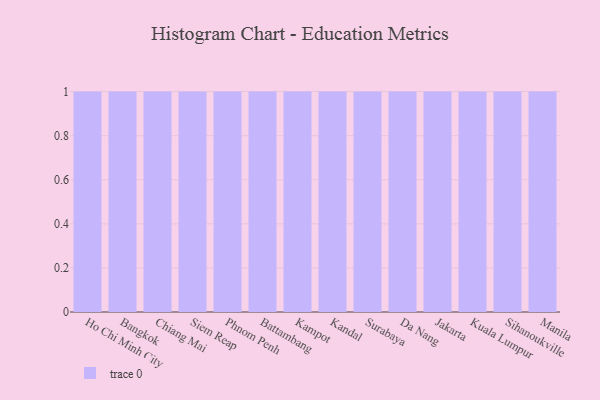
{"axis": {"x": "City", "y": "Production Output"}, "legend": [""], "data": [{"x": "Ho Chi Minh City", "y": 65, "type": ""}, {"x": "Bangkok", "y": 36, "type": ""}, {"x": "Chiang Mai", "y": 64, "type": ""}, {"x": "Siem Reap", "y": 71, "type": ""}, {"x": "Phnom Penh", "y": 20, "type": ""}, {"x": "Battambang", "y": 1, "type": ""}, {"x": "Kampot", "y": 22, "type": ""}, {"x": "Kandal", "y": 28, "type": ""}, {"x": "Surabaya", "y": 92, "type": ""}, {"x": "Da Nang", "y": 87, "type": ""}, {"x": "Jakarta", "y": 96, "type": ""}, {"x": "Kuala Lumpur", "y": 56, "type": ""}, {"x": "Sihanoukville", "y": 63, "type": ""}, {"x": "Manila", "y": 45, "type": ""}]}